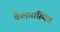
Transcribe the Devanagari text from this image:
कैलासस्थित